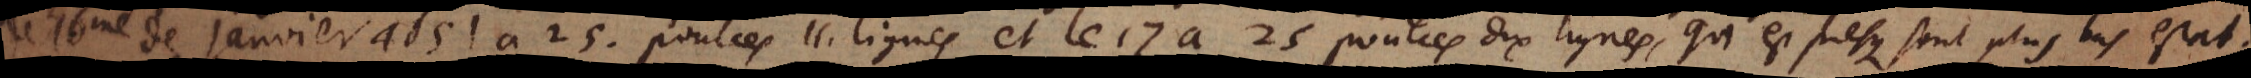
le 16me de Janvier 1651 à 25. poulces 11. lignes et le 17 à 25 poulces dix lignes, qui est presque son plus bas estat.